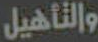
والتأهيل